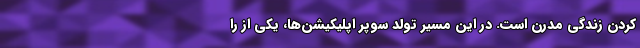
کردن زندگی مدرن است. در این مسیر تولد سوپر اپلیکیشن‌ها، یکی از را